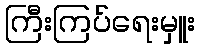
ကြီးကြပ်ရေးမှူး